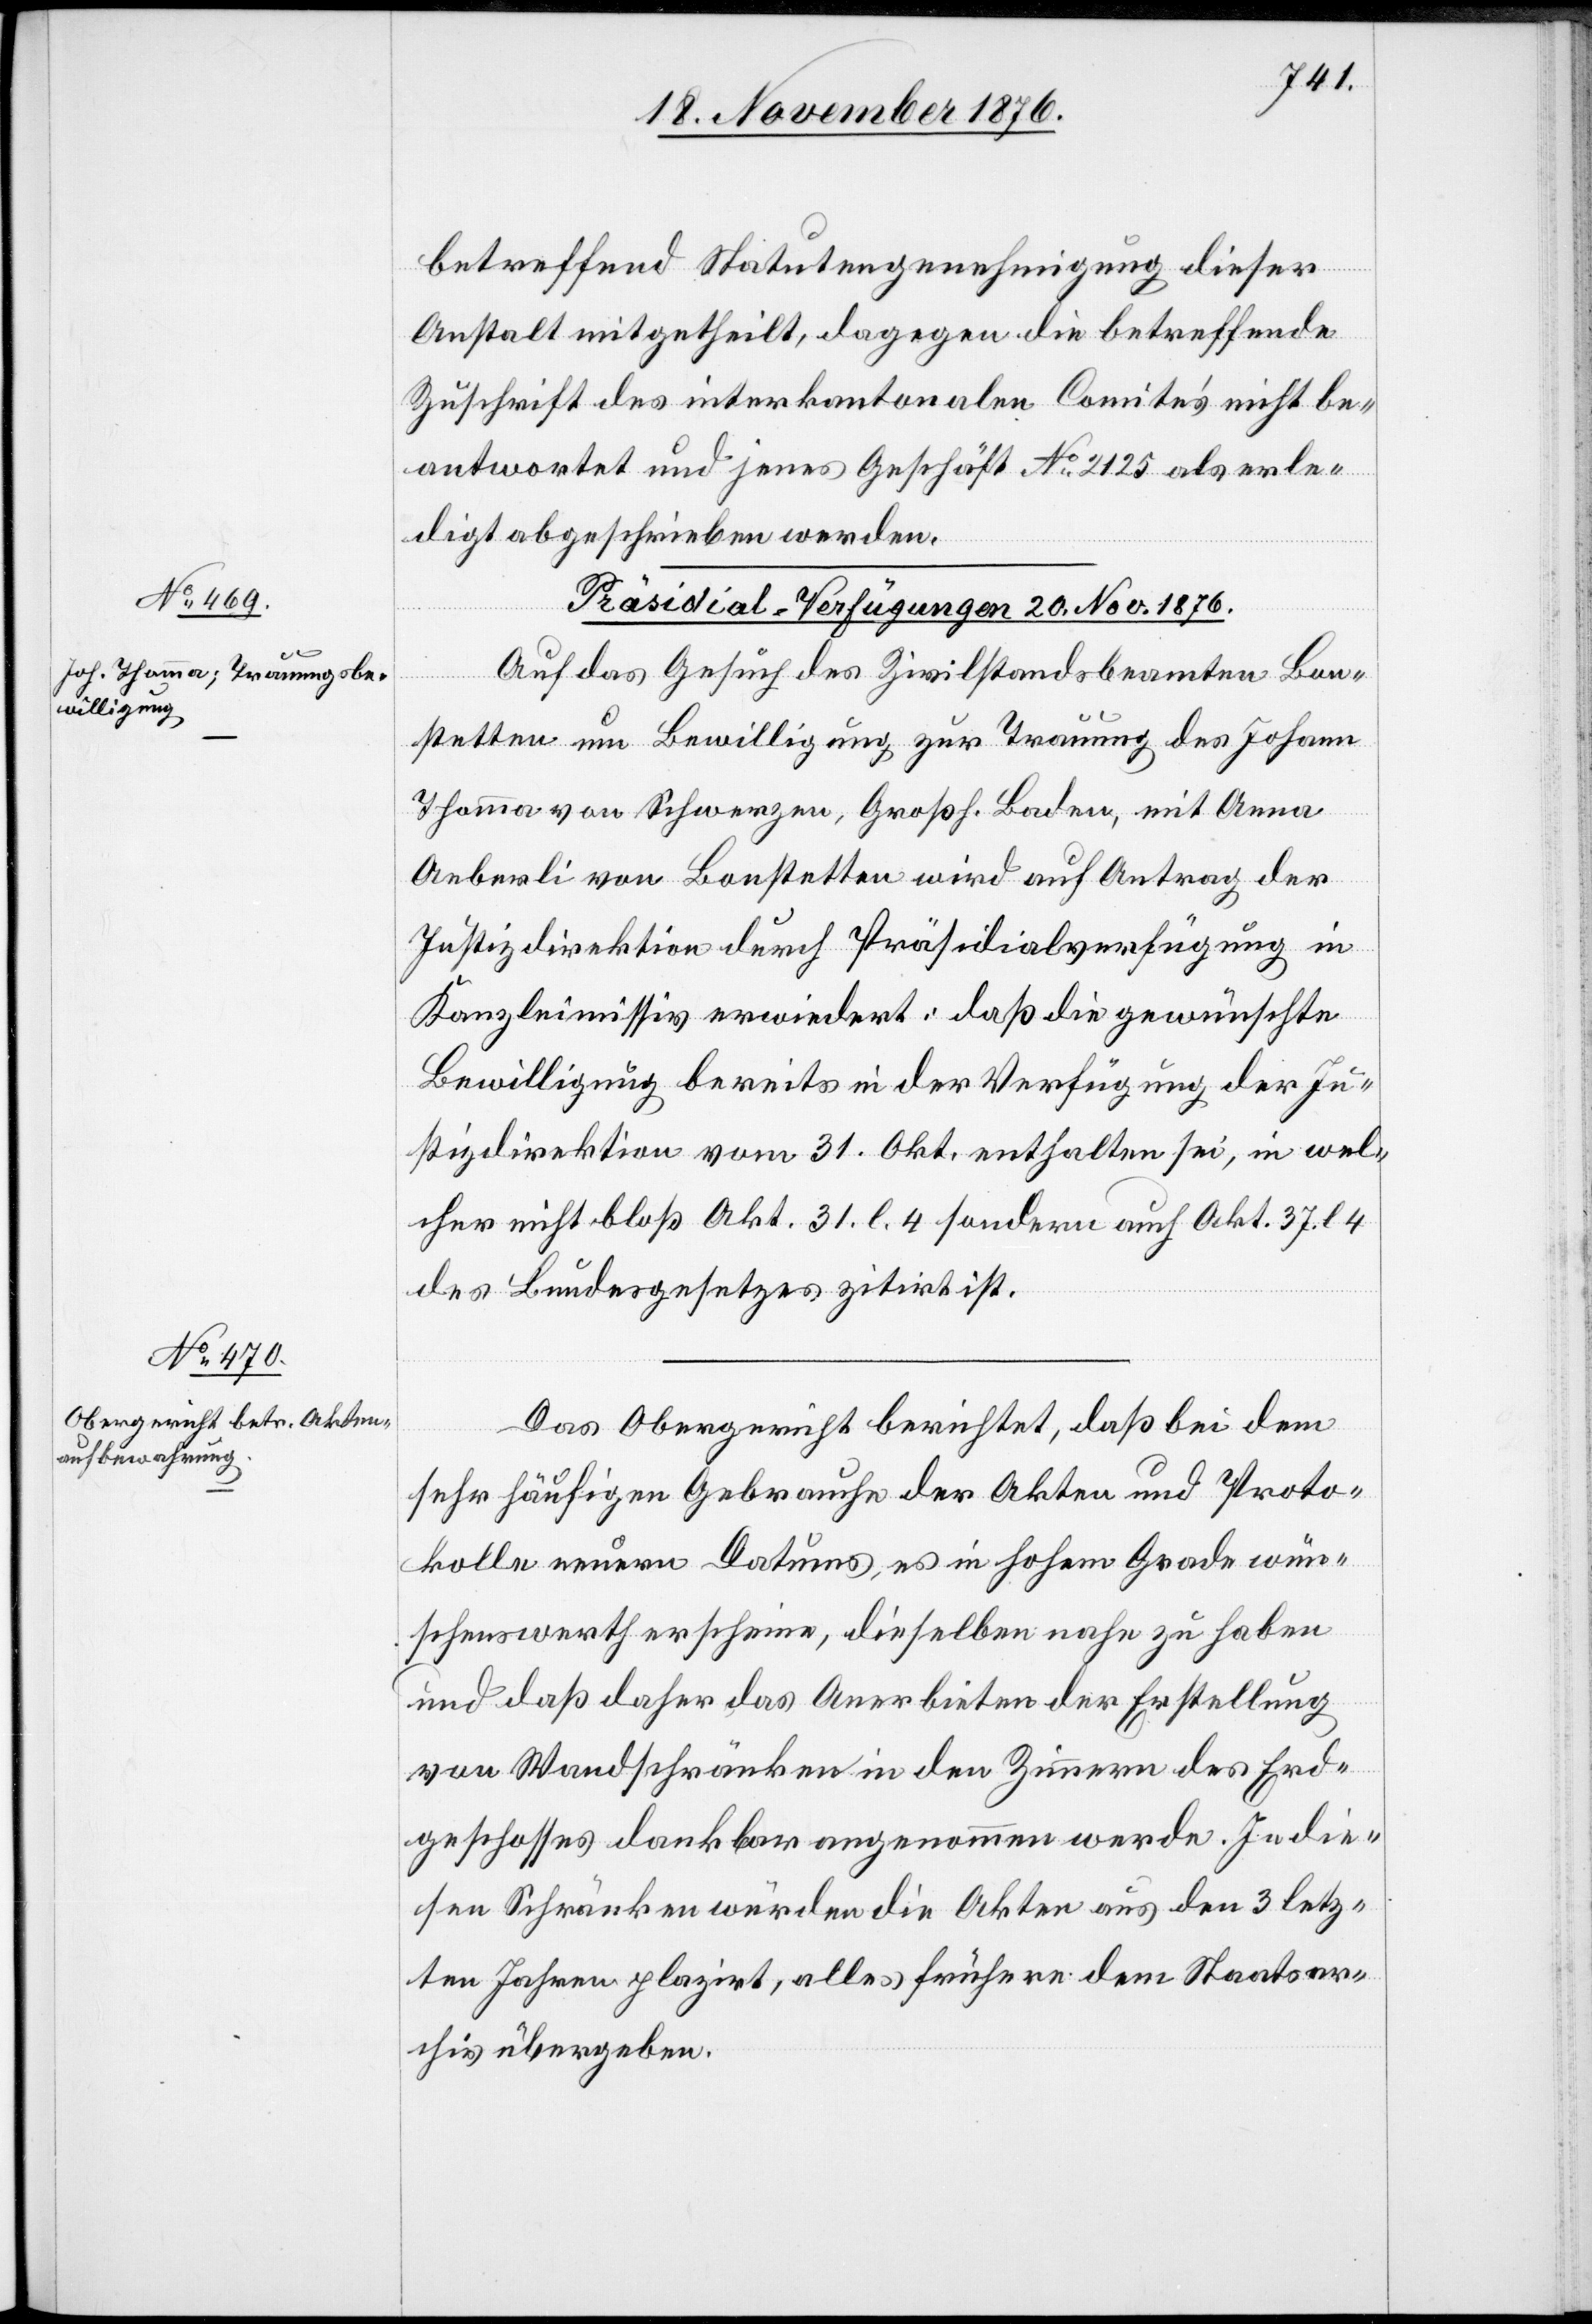
betreffend Statutengenehmigung dieser
Anstalt mitgetheilt, dagegen die betreffende
Zuschrift des interkantonalen Comite’s nicht be¬
antwortet und jenes Geschäft No 2125 als erle¬
digt abgeschrieben werden.
[Präsidial-Verfügungen 20. Nov. 1876.]
Auf das Gesuch der Zivilstandsbeamten Bon¬
stetten um Bewilligung zur Trauung des Johann
Thoma von Schwerzen, Großh. Baden, mit Anna
Aeberli von Bonstetten wird auf Antrag der
Justizdirektion durch Präsidialverfügung in
Kanzleimissiv erwiedert: daß die gewünschte
Bewilligung bereits in der Verfügung der Ju¬
stizdirektion vom 31. Okt. enthalten sei, in wel¬
cher nicht bloß Akt. 31 l. 4 sondern auch Akt. 37. l 4
des Bundesgesetzes zitirt ist.
Das Obergericht berichtet, daß bei dem
sehr häufigen Gebrauche der Akten und Proto¬
kolle neuern Datums, es in hohem Grade wün¬
schenswerth erscheine, dieselben nahe zu haben
und daß daher das Anerbieten der Erstellung
von Wandschränken in den Zimmern des Erd¬
geschosses dankbar angenommen werde. In die¬
sen Schränken würden die Akten aus den 3 letz¬
ten Jahren plazirt, alles frühere dem Staatsar¬
chiv übergeben.